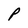
Character: P